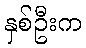
နှစ်ဦးက